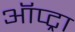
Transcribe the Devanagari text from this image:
ऑप्ट्रा